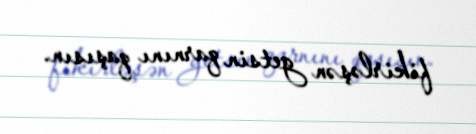
fikirləşən getsin qarnını qaşısın.